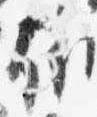
依